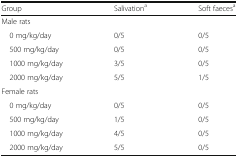
| Group | Salivationa | Soft faecesa |
 | --- | --- | --- |
 | <COLSPAN=3> Male rats |
 | 0 mg/kg/day | 0/5 | 0/5 |
 | 500 mg/kg/day | 0/5 | 0/5 |
 | 1000 mg/kg/day | 3/5 | 0/5 |
 | 2000 mg/kg/day | 5/5 | 1/5 |
 | <COLSPAN=3> Female rats |
 | 0 mg/kg/day | 0/5 | 0/5 |
 | 500 mg/kg/day | 1/5 | 0/5 |
 | 1000 mg/kg/day | 4/5 | 0/5 |
 | 2000 mg/kg/day | 5/5 | 0/5 |